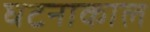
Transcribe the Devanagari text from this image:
घटनाकाल